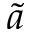
\tilde { a }